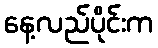
နေ့လည်ပိုင်းက